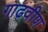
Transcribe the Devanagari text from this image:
गाढवीण